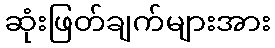
ဆုံးဖြတ်ချက်များအား